Madras plague regulations in force outside the Presidency town - Volume 1
Disease focus: Plague
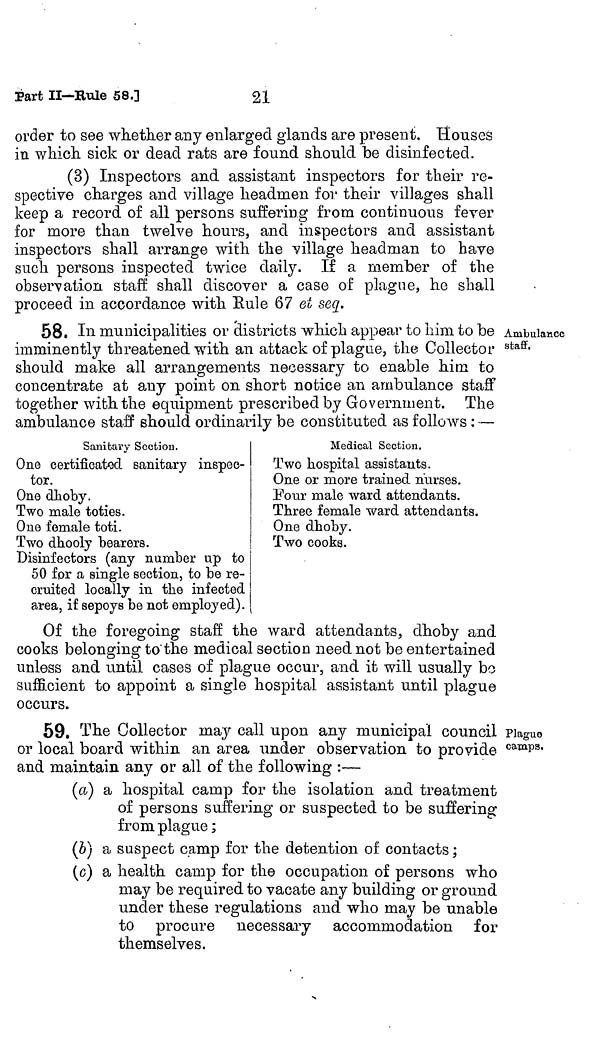
21
Part II—Rule 58.]
order to see whether any enlarged glands are present. Houses
in which sick or dead rats are found should be disinfected.
(3) Inspectors and assistant inspectors for their re
spective charges and village headmen for their villages shall
keep a record of all persons suffering from continuous fever
for more than twelve hours, and inspectors and assistan
inspectors shall arrange with the village headman to hav
such persons inspected twice daily. If a member of the
observation staff shall discover a case of plague, he shall
proceed in accordance with Eule 67 ei seq.
Ambulance
staff.
58. In municipalities or districts which appear to him to be .
imminently threatened with an attack of plague, the Collector
should make all arrangements necessary to enable him to
concentrate at any point on short notice an ambulance staff
together with the equipment prescribed by Government. The
ambulance staff should ordinarily be constituted as follows : —
Sanitary Section.
One certificated sanitary inspec-
tor.
One dhoby. */
Two male toties.
One female toti.
Two dhooly bearers.
Disinfectors (any number up to
50 for a single section, to be re-
cruited locally in the infected
area, if sepoys be not employed).
Medical Section.
Two hospital assistants.
One or more trained, nurses.
Four male ward attendants.
Three female ward attendants.
One dhoby.
Two cooks.
Of the foregoing staff the ward attendants, dhoby and
cooks belonging to the medical section need not be entertained
unless and until cases of plague occur, and it will usually bo
sufficient to appoint a single hospital assistant until plague
occurs.
Plague
camps.
59. The Collector may call upon any municipal council
or local board within an area under observation to provide
and maintain any or all of the following :—
(a) a hospital camp for the isolation and treatment
of persons suffering or suspected to be suffering
from plague ;
(b) a suspect camp for the detention of contacts ;
(c) a health camp for the occupation of persons who
may be required to vacate any building or ground
under these regulations and who may be unable
to procure necessary accommodation for
themselves.